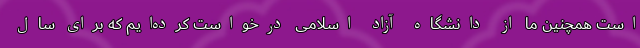
است همچنین ما از دانشگاه آزاد اسلامی درخواست کرده‌ایم که برای سال